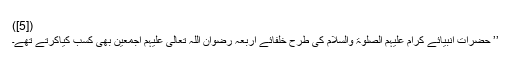
([5])
’’ حضرات انبیائے کرام عَلَیْہِمُ الصَّلٰوۃُ وَالسَّلَام کی طرح خلفائے اربعہ رِضْوَانُ اللّٰہِ تَعَالٰی عَلَیْہِمْ اَجْمَعِیْن بھی کسب کیاکرتے تھے۔